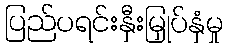
ပြည်ပရင်းနှီးမြှုပ်နှံမှု